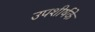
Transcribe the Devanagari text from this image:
उपशीर्षके